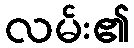
လမ်း၏